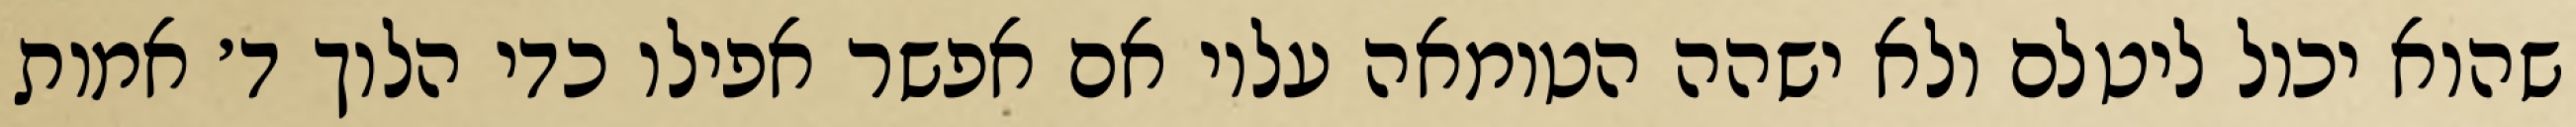
שהוא יכול ליטלם ולא ישהה הטומאה עליו אם אפשר אפילו כדי הלוך ד׳ אמות